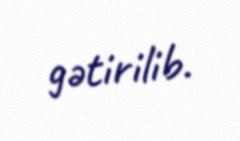
gətirilib.